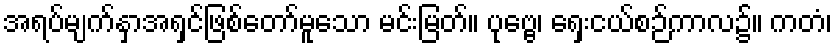
အရပ်မျက်နှာအရှင်ဖြစ်တော်မူသော မင်းမြတ်။ ပုဗ္ဗေ၊ ရှေးငယ်စဉ်ကာလ၌။ ကတံ၊